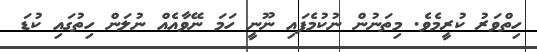
ހިތްވަރު ކުރީމެވެ. މިތަނުން ނުކުމެފައި ނޫނީ ހަމަ ނޭވާއެއް ނުލަން ހިތުގައި ކުޑަ